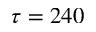
\tau = 2 4 0